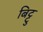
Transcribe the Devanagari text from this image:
बिट्टु